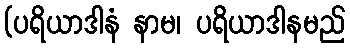
(ပရိယာဒါနံ နာမ၊ ပရိယာဒါနမည်